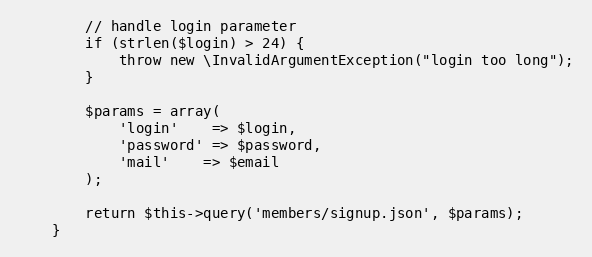
Language: PHP
        // handle login parameter
        if (strlen($login) > 24) {
            throw new \InvalidArgumentException("login too long");
        }

        $params = array(
            'login'    => $login,
            'password' => $password,
            'mail'    => $email
        );

        return $this->query('members/signup.json', $params);
    }